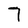
Character: 7